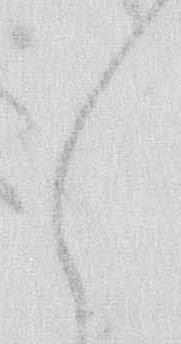
々